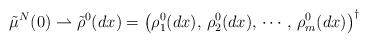
LaTeX: \begin{align*}\tilde{\mu}^{N}(0)\rightharpoonup\tilde{\rho}^{0}(dx)=\left(\rho_{1}^{0}(dx),\,\rho_{2}^{0}(dx),\,\cdots,\,\rho_{m}^{0}(dx)\right)^{\dagger}\end{align*}